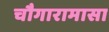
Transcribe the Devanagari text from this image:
चौगारामासा